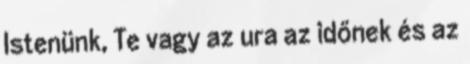
Istenünk, Te vagy az ura az időnek és az